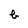
Character: b